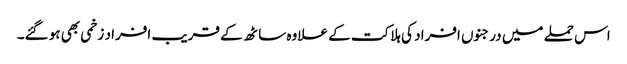
اس حملے میں درجنوں افراد کی ہلاکت کے علاوہ ساٹھ کے قریب افراد زخمی بھی ہو گئے۔